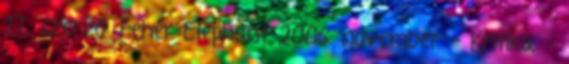
17., szerző: Fehér Elephant 2006. november - Kritika -